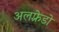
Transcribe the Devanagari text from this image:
अलफ़्रेडो